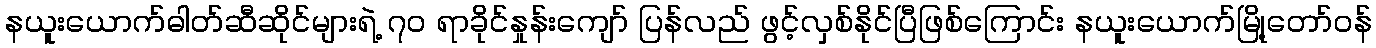
နယူးယောက်ဓါတ်ဆီဆိုင်များရဲ့ ၇၀ ရာခိုင်နှုန်းကျော် ပြန်လည် ဖွင့်လှစ်နိုင်ပြီဖြစ်ကြောင်း နယူးယောက်မြို့တော်ဝန်